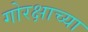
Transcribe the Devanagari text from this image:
गोरक्षाच्या